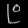
Digit: ၉